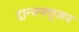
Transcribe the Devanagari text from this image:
ट्रान्सफ्यूजन